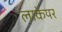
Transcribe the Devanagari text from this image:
लाकेयर